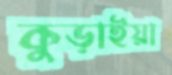
কুড়াইয়া